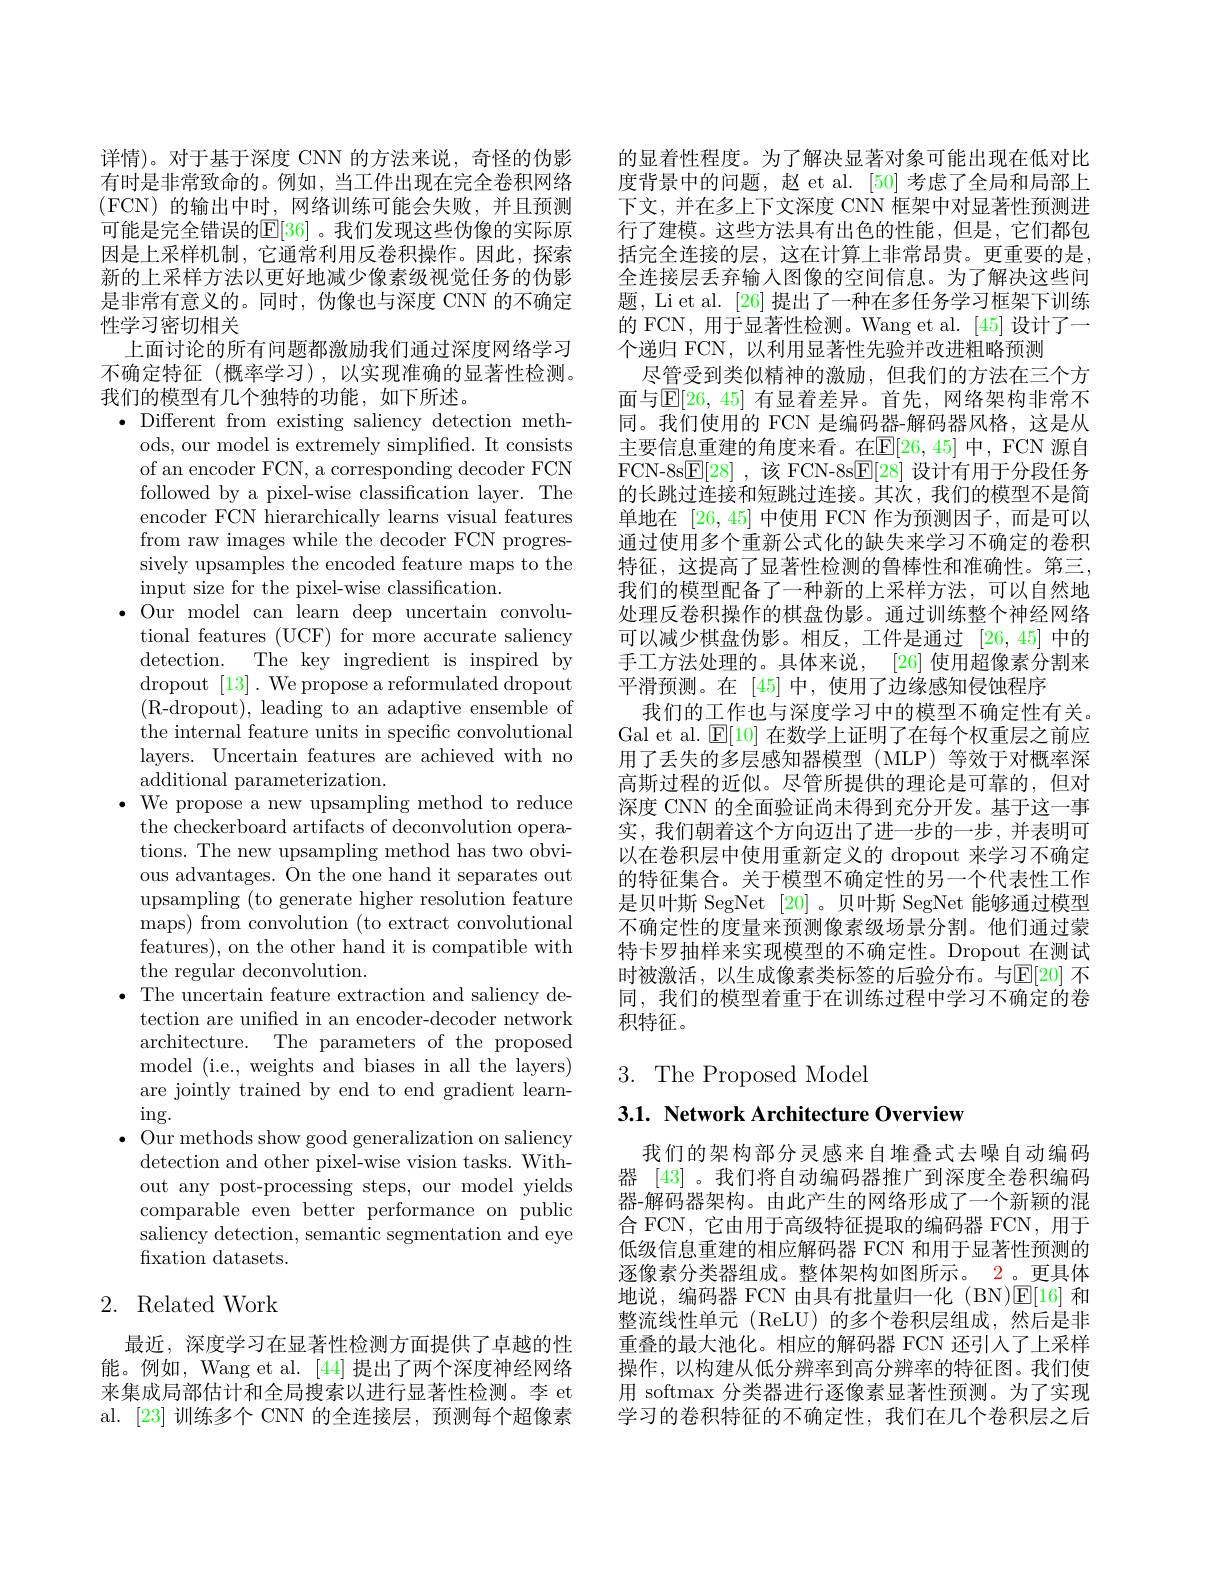
详情)。对于基于深度 CNN 的方法来说，奇怪的伪影有时是非常致命的。例如，当工件出现在完全卷积网络(FCN)的输出中时，网络训练可能会失败，并且预测可能是完全错误的$\mathbb{E}[36]$ 。我们发现这些伪像的实际原因是上采样机制，它通常利用反卷积操作。因此，探索新的上采样方法以更好地减少像素级视觉任务的伪影是非常有意义的。同时，伪像也与深度 CNN 的不确定性学习密切相关
上面讨论的所有问题都激励我们通过深度网络学习不确定特征(概率学习),以实现准确的显著性检测。我们的模型有几个独特的功能，如下所述。
$\bullet$ Different from existing saliency detection meth-
ods, our model is extremely simplified. It consists of an encoder FCN, a corresponding decoder FCN followed by a pixel-wise classification layer. The encoder FCN hierarchically learns visual features from raw images while the decoder FCN progressively upsamples the encoded feature maps to the input size for the pixel-wise classification.
$\bullet$ Our model can learn deep uncertain convolu-
tional features (UCF) for more accurate saliency detection. The key ingredient is inspired by dropout [13]. We propose a reformulated dropout (R-dropout),leading to an adaptive ensemble of the internal feature units in specific convolutional layers. Uncertain features are achieved with no additional parameterization.
$\bullet$ We propose a new upsampling method to reduce
the checkerboard artifacts of deconvolution operations. The new upsampling method has two obvious advantages. On the one hand it separates out upsampling (to generate higher resolution feature maps) from convolution (to extract convolutional features), on the other hand it is compatible with the regular deconvolution.
$\bullet$ The uncertain feature extraction and saliency de-
tection are unified in an encoder-decoder network architecture. The parameters of the proposed model (i.e., weights and biases in all the layers) are jointly trained by end to end gradient learn- $\operatorname{ing}.$
$\bullet$ Our methods show good generalization on saliency
detection and other pixel-wise vision tasks. Without any post-processing steps, our model yields comparable even better performance on public saliency detection, semantic segmentation and eye fixation datasets.

## 2. Related Work

最近，深度学习在显著性检测方面提供了卓越的性能。例如，Wang et al. [44]提出了两个深度神经网络来集成局部估计和全局搜索以进行显著性检测。李 et al. [23] 训练多个 CNN 的全连接层，预测每个超像素

的显着性程度。为了解决显著对象可能出现在低对比度背景中的问题，赵 et al. [50]考虑了全局和局部上下文，并在多上下文深度 CNN 框架中对显著性预测进行了建模。这些方法具有出色的性能，但是，它们都包括完全连接的层，这在计算上非常昂贵。更重要的是， 全连接层丢弃输人图像的空间信息。为了解决这些问题，Li et al. [26] 提出了一种在多任务学习框架下训练的 FCN, 用于显著性检测。Wang et al. [45] 设计了一个递归 FCN, 以利用显著性先验并改进粗略预测
尽管受到类似精神的激励，但我们的方法在三个方面与$\mathbb{E}[26,45]$ 有显着差异。首先，网络架构非常不同。我们使用的 FCN 是编码器-解码器风格，这是从主要信息重建的角度来看。在$\mathbb{E}[26,45]$ 中，FCN 源自FCN-8s$\boxed{\mathrm{E}}[28]$ ,该 FCN-8s$\boxed{\mathrm{F}}[28]$设计有用于分段任务的长跳过连接和短跳过连接。其次，我们的模型不是简单地在[26,45]中使用 FCN 作为预测因子，而是可以通过使用多个重新公式化的缺失来学习不确定的卷积特征，这提高了显著性检测的鲁棒性和准确性。第三， 我们的模型配备了一种新的上采样方法，可以自然地处理反卷积操作的棋盘伪影。通过训练整个神经网络可以减少棋盘伪影。相反，工件是通过[26,45]中的手工方法处理的。具体来说，[26] 使用超像素分割来平滑预测。在[45]中，使用了边缘感知侵蚀程序
我们的工作也与深度学习中的模型不确定性有关。Gal et al. $\mathbb{E}[10]$在数学上证明了在每个权重层之前应用了丢失的多层感知器模型(MLP)等效于对概率深高斯过程的近似。尽管所提供的理论是可靠的，但对深度 CNN 的全面验证尚未得到充分开发。基于这一事实，我们朝着这个方向迈出了进一步的一步，并表明可以在卷积层中使用重新定义的 dropout 来学习不确定的特征集合。关于模型不确定性的另一个代表性工作是贝叶斯 SegNet [20]。贝叶斯 SegNet 能够通过模型不确定性的度量来预测像素级场景分割。他们通过蒙特卡罗抽样来实现模型的不确定性。Dropout 在测试时被激活，以生成像素类标签的后验分布。与$\mathbb{E}[20]$ 不同，我们的模型着重于在训练过程中学习不确定的卷积特征。

3.The Proposed Model

3.1. Network Architecture Overview

我们的架构部分灵感来自堆叠式去噪自动编码器[43] 。我们将自动编码器推广到深度全卷积编码器-解码器架构。由此产生的网络形成了一个新颖的混合 FCN, 它由用于高级特征提取的编码器 FCN, 用于低级信息重建的相应解码器 FCN 和用于显著性预测的逐像素分类器组成。整体架构如图所示。2。更具体地说，编码器 FCN 由具有批量归一化 (BN)$\mathbb{E}[16]$和整流线性单元(ReLU)的多个卷积层组成，然后是非重叠的最大池化。相应的解码器 FCN 还引人了上采样操作，以构建从低分辨率到高分辨率的特征图。我们使用 softmax 分类器进行逐像素显著性预测。为了实现学习的卷积特征的不确定性，我们在几个卷积层之后